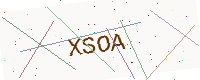
Text: XSOA